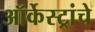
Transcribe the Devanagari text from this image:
ऑर्केस्ट्रांचे